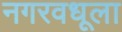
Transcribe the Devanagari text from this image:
नगरवधूला